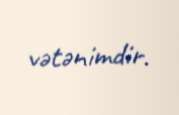
vətənimdir.